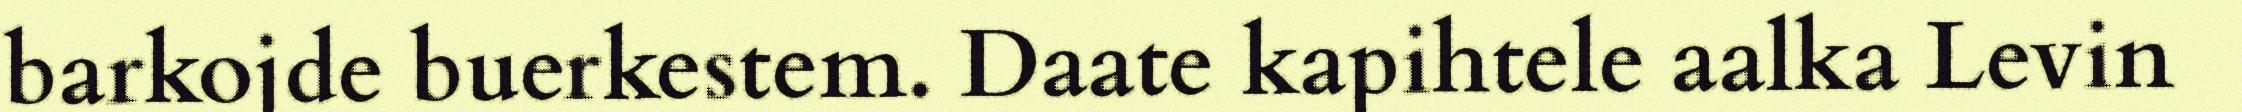
barkojde buerkestem. Daate kapihtele aalka Levin